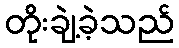
တိုးချဲ့ခဲ့သည်